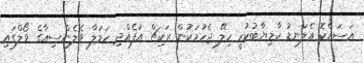
އަސައްކޮ އެލަނޑު ކާމިޔާބުކުރީ ހިލޭ ޖެހުމަކުން ރަކިޗް އުފެއްދި ހަމަލާ ވެލެންސިއާގެ ވޯލްގައި